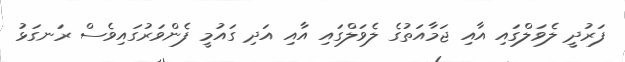
ފަރުދީ ލެވަލްގައި އާއި ޖަމާއަތުގެ ލެވަލްގައި އާއި އަދި ގައުމީ ފެންވަރުގައިވެސް ރަނގަޅު